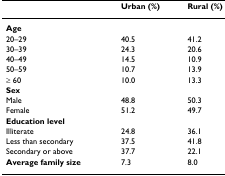
|  | Urban (%) | Rural (%) |
 | --- | --- | --- |
 | <COLSPAN=3> Age |
 | 20–29 | 40.5 | 41.2 |
 | 30–39 | 24.3 | 20.6 |
 | 40–49 | 14.5 | 10.9 |
 | 50–59 | 10.7 | 13.9 |
 | ≥ 60 | 10.0 | 13.3 |
 | <COLSPAN=3> Sex |
 | Male | 48.8 | 50.3 |
 | Female | 51.2 | 49.7 |
 | <COLSPAN=3> Education level |
 | Illiterate | 24.8 | 36.1 |
 | Less than secondary | 37.5 | 41.8 |
 | Secondary or above | 37.7 | 22.1 |
 | Average family size | 7.3 | 8.0 |